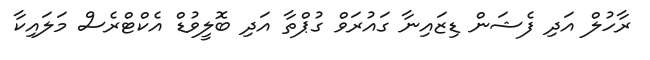
ރާހުލް އަދި ފެޝަން ޑިޒައިނާ ގައުރަވް ގުޕްތާ އަދި ބޮލީވުޑް އެކްޓްރެސް މަލައިކާ